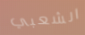
الشعبي